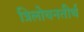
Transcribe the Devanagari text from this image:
त्रिलोचनतीर्थ